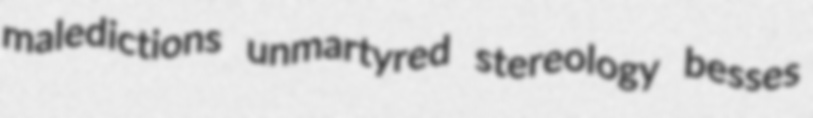
maledictions unmartyred stereology besses